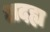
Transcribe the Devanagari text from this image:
अदह्य